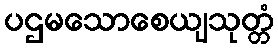
ပဌမသောစေယျသုတ္တံ